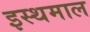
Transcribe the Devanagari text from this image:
इस्थमाल